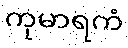
ကုမာရကံ